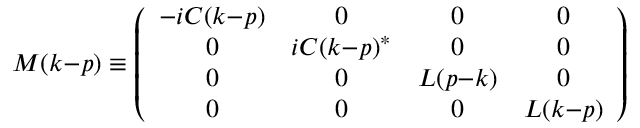
{ \cal M } ( k { - } p ) \equiv \left( \begin{array} { c c c c } { { - i C ( k { - } p ) } } & { { 0 } } & { { 0 } } & { { 0 } } \\ { { 0 } } & { { i C ( k { - } p ) ^ { * } } } & { { 0 } } & { { 0 } } \\ { { 0 } } & { { 0 } } & { { L ( p { - } k ) } } & { { 0 } } \\ { { 0 } } & { { 0 } } & { { 0 } } & { { L ( k { - } p ) } } \end{array} \right) \;